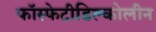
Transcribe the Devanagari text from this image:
फॉस्फेटीडिल्कोलीन